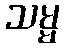
သမ္မ